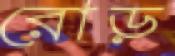
রোড়